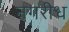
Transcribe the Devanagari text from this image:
नगरीध